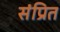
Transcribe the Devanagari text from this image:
संप्रित